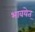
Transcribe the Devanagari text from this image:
भावयेत्‌